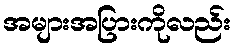
အများအပြားကိုလည်း